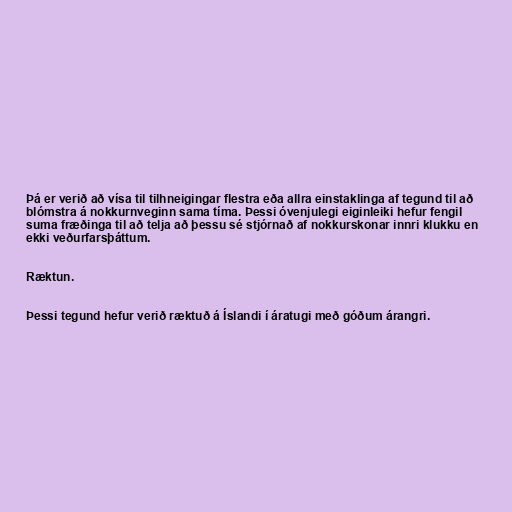
Þá er verið að vísa til tilhneigingar flestra eða allra einstaklinga af tegund til að
blómstra á nokkurnveginn sama tíma. Þessi óvenjulegi eiginleiki hefur fengil
suma fræðinga til að telja að þessu sé stjórnað af nokkurskonar innri klukku en
ekki veðurfarsþáttum.

Ræktun.

Þessi tegund hefur verið ræktuð á Íslandi í áratugi með góðum árangri.